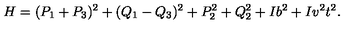
H = ( P _ { 1 } + P _ { 3 } ) ^ { 2 } + ( Q _ { 1 } - Q _ { 3 } ) ^ { 2 } + P _ { 2 } ^ { 2 } + Q _ { 2 } ^ { 2 } + I b ^ { 2 } + I v ^ { 2 } t ^ { 2 } .